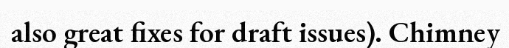
also great fixes for draft issues). Chimney